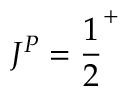
J ^ { P } = { \frac { 1 } { 2 } } ^ { + }